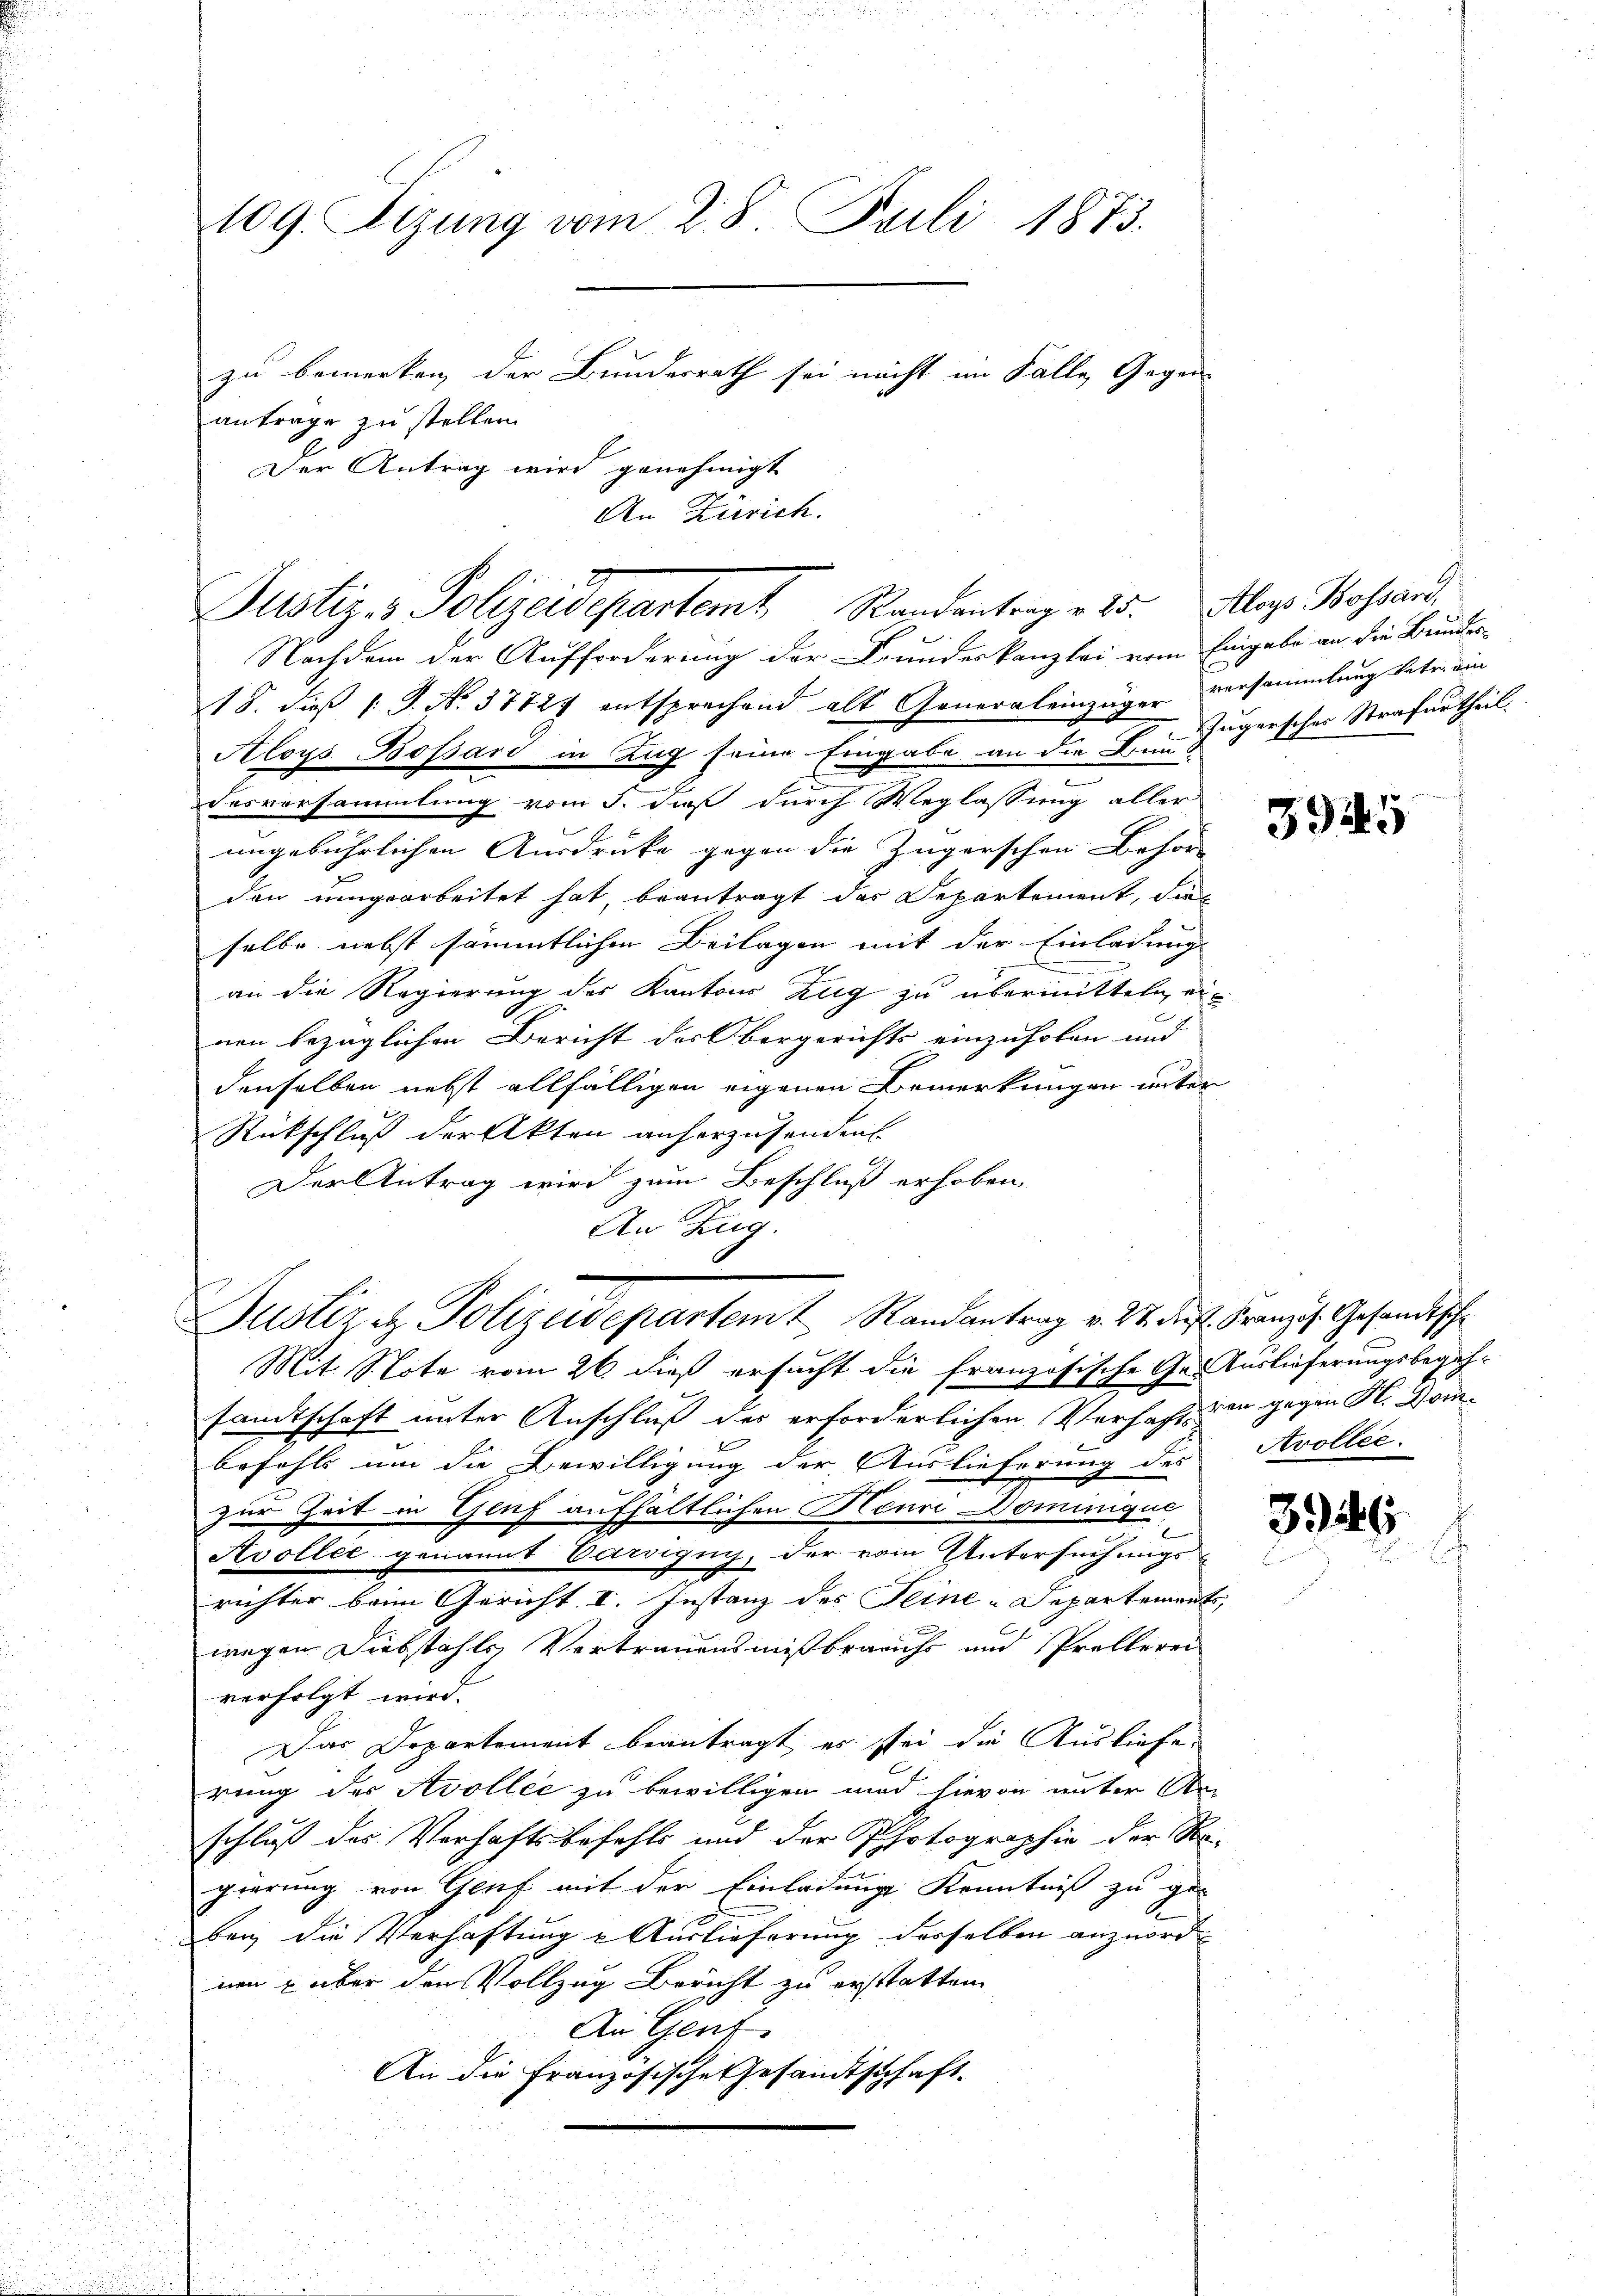
109. Sizung vom 28. Juli 1873.
zu bemerken, der Bundesrath sei nicht im Falle Gegen
antrage zu stellen.
Der Antrag wird genehmigt
An Zürich.

Justiz- & Polizeidepartem Randantrag v. 25. Alaz Bohland

Nachdem der Aufforderung der Grundeskanzlei vom Eingabe an die Bundes-
15. dieß v. J. No. 37724 entsprechend alt Generaleinzüger versammlung betr. ein
Aloys Bossard in Zug seine Eingabe an die Bun-
Dasversammlung vom 5. daß durch Weglassung aller
ungebührlichen Ausdrucke gegen die Zügerschen Behör
den umgearbeitet hat, beantragt das Departement, die
selbe nebst sämmtlichen Beilagen mit der Einladung
an die Regierung des Kantons Zug zu übermitteln einen bezüglichen Bericht des Obergerichts einzuholen und
denselben nebst allfälligen eigenen Bemerkungen unter
Rückschluß der Akten anherzusenden
Der Antrag wird zum Beschluß erhoben,
An Zug.
Mit Note vom 26. dieß ersucht die französische Ges Auslieferungsbegeh-
sandtschaft unter Anschluß der erforderlichen Verhacht, den gegen H. Drinbefehls um die Bewilligung der Auslieferung des Atvollec
zur Zeit in Genf aufhältlichen Neure Dominique
Avollec genannt Carvigny, der vom Untersuchungs-
richter beim Gericht I. Instanz des Seine-Departements,
wegen Diebstahls Vertrauensmißbrauch und Prollerei
verfolgt wird.
Das Departement beantragt, es sei die Ausliefe
rung des Avollee zu bewilligen und hievon unter An-
schluß des Verhaftsbefehls und der Photographie der Re-
gierung von Genf mit der Einladung Kenntniß zu ge-
ben die Verhaftung & Auslieferung derselben anzuordnen über den Vollzug Bericht zu erstatten.
An Gent.
An die Französische Gesandtschaft.

Justiz et Polizeidepartem Randantrag v. M. des Franz. Gesandische

Jugersches Strafurtheil.

3945

3946